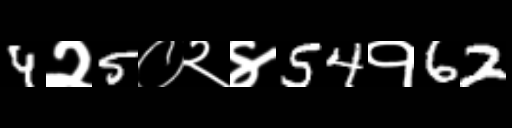
Text: 4२5०२४54१62